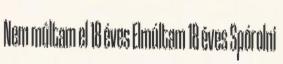
Nem múltam el 18 éves Elmúltam 18 éves Spórolni